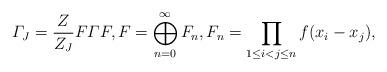
LaTeX: \begin{align*}\varGamma_J = \frac{Z}{Z_J} F \varGamma F,F = \bigoplus_{n=0}^\infty F_n,F_n = \prod_{1 \leq i < j \leq n} f(x_i - x_j),\end{align*}